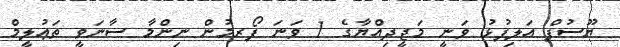
ޔޫސުފް އަލިފުޅު ވަނީ މަޖީދިއްޔާގެ 1 ވަނަ ފޯރމުން ނިންމާ ސާނަވީ ތަޢުލީމް